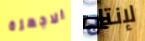
الاجهزة لإنتاج